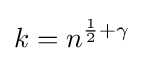
k=n^{{\frac {1}{2}}+\gamma }